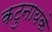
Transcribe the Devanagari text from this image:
कटुनायके